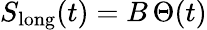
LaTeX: S_{\mathrm{long}}(t)=B\, \Theta(t)